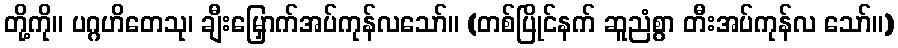
တို့ကို။ ပဂ္ဂဟိတေသု၊ ချီးမြှောက်အပ်ကုန်လသော်။ (တစ်ပြိုင်နက် ဆူညံစွာ တီးအပ်ကုန်လ သော်။)